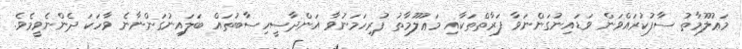
މަޢުލޫމާތު ސާފުކުރައްވަން ވަޑައިނުގަންނަވާ ފަރާތްތަކާއި މަޢުލޫމާތު ފުރިހަމަނުވާ އަންދާސީހިސާބުތައް ބަލައިނުގަންނާނެ ވާހަކަ ދެންނެވީމެވެ.